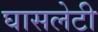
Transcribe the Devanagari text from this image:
घासलेटी